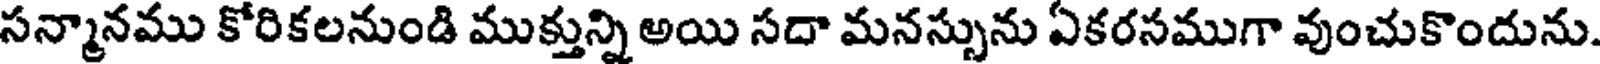
సన్మానము కోరికలనుండి ముక్తున్ని అయి సదా మనస్సును ఏకరసముగా వుంచుకొందును.